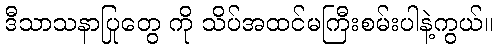
ဒီသာသနာပြုတွေ ကို သိပ်အထင်မကြီးစမ်းပါနဲ့ကွယ်။